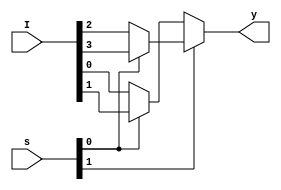
`timescale 1ns / 1ps
//MUX 4X1
module Mux4X1(I, s, y);
    input [3:0] I;
    input [1:0] s;
    output y;
    
    assign y = s[1]?(s[0]?I[3]:I[2]):(s[0]?I[1]:I[0]);    
endmodule
//D flipflop,
module D_FF(input D, set, reset_n, clk, output reg qd, qb);
always @(posedge clk or negedge reset_n)
    begin
        if(reset_n==0)
        begin
            qd<=1'b0;
            qb<=1'b1;
        end
        else if(set)
            begin
                qd<=1'b1;
                qb<=1'b0;
            end
            else
            begin
                qd <= D;
                qb <= ~D;
            end
        end 
endmodule
//JK flipflop,
module JK_FF_using_D_FF(input j, k, clk, set, reset_n, output q, qb);
wire dm;
    Mux4X1 inst1 ({qb, 1'b1, 1'b0, q}, {j, k}, dm);
    D_FF inst2 (.D(dm), .set(set), .reset_n(reset_n), .clk(clk), .qd(q), .qb(qb));
endmodule